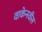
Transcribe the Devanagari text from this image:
वाकेनवीस